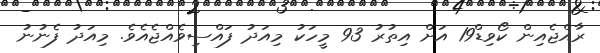
ރާއްޖެއިން ކޯވިޑް19 އަށް އިތުރު 93 މީހަކު މިއަދު ފައްސިވެއްޖެއެވެ. މިއަދު ފެނުނު